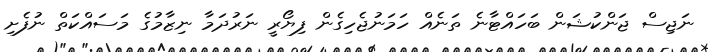
ނަޖިސް ޖަންކުޝަން ބަހައްޓާނެ ތަނެއް ހަމަނުޖެހިގެން ފިޔޯރީ ނަރުދަމާ ނިޒާމުގެ މަސައްކަތް ނުފެށި